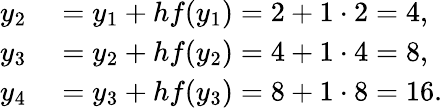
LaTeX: \begin{array}{rl}{y_{2}}&{{}=y_{1}+hf(y_{1})=2+1\cdot 2=4,}\\ {y_{3}}&{{}=y_{2}+hf(y_{2})=4+1\cdot 4=8,}\\ {y_{4}}&{{}=y_{3}+hf(y_{3})=8+1\cdot 8=16.}\end{array}